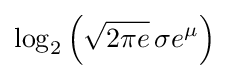
\log _{2}\left({\sqrt {2\pi e}}\,\sigma e^{\mu }\right)